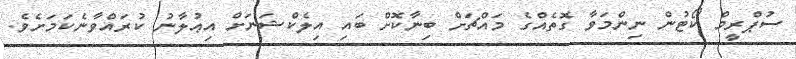
ސުޕްރީމް ކޯޓުން ނިންމަވާ ގޮތެއްގެ މައްޗަށް ބިނާކޮށް ބައި އިލެކްޝަނަށް އިޢުލާނު ކުރައްވާނެކަމަށެވެ.